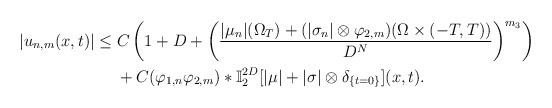
LaTeX: \begin{align*}|u_{n,m}(x,t)|& \leq C\left( 1+D+\left( \frac{|\mu _{n}|(\Omega_{T})+(|\sigma _{n}|\otimes \varphi _{2,m})(\Omega \times (-T,T))}{D^{N}}\right) ^{m_{3}}\right) \\& ~~~~+C(\varphi _{1,n}\varphi _{2,m})\ast \mathbb{I}_{2}^{2D}[|\mu|+|\sigma |\otimes \delta _{\{t=0\}}](x,t).\end{align*}